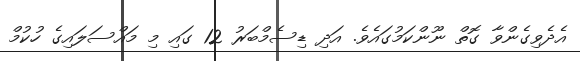
އެދެވިގެންވާ ގޮތް ނޫންކަމުގައެވެ. އަދި ޑިސެމްބަރު 12 ގައި މި މައްސަލައިގެ ހުކުމް